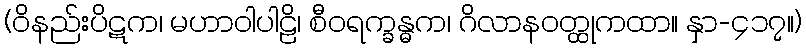
(ဝိနည်းပိဋက၊ မဟာဝါပါဠိ၊ စီဝရက္ခန္ဓက၊ ဂိလာနဝတ္ထုကထာ။ နှာ-၄၁၇။)